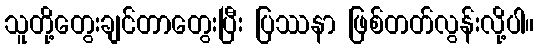
သူတို့တွေးချင်တာတွေးပြီး ပြဿနာ ဖြစ်တတ်လွန်းလို့ပါ။